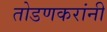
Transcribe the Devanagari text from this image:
तोडणकरांनी